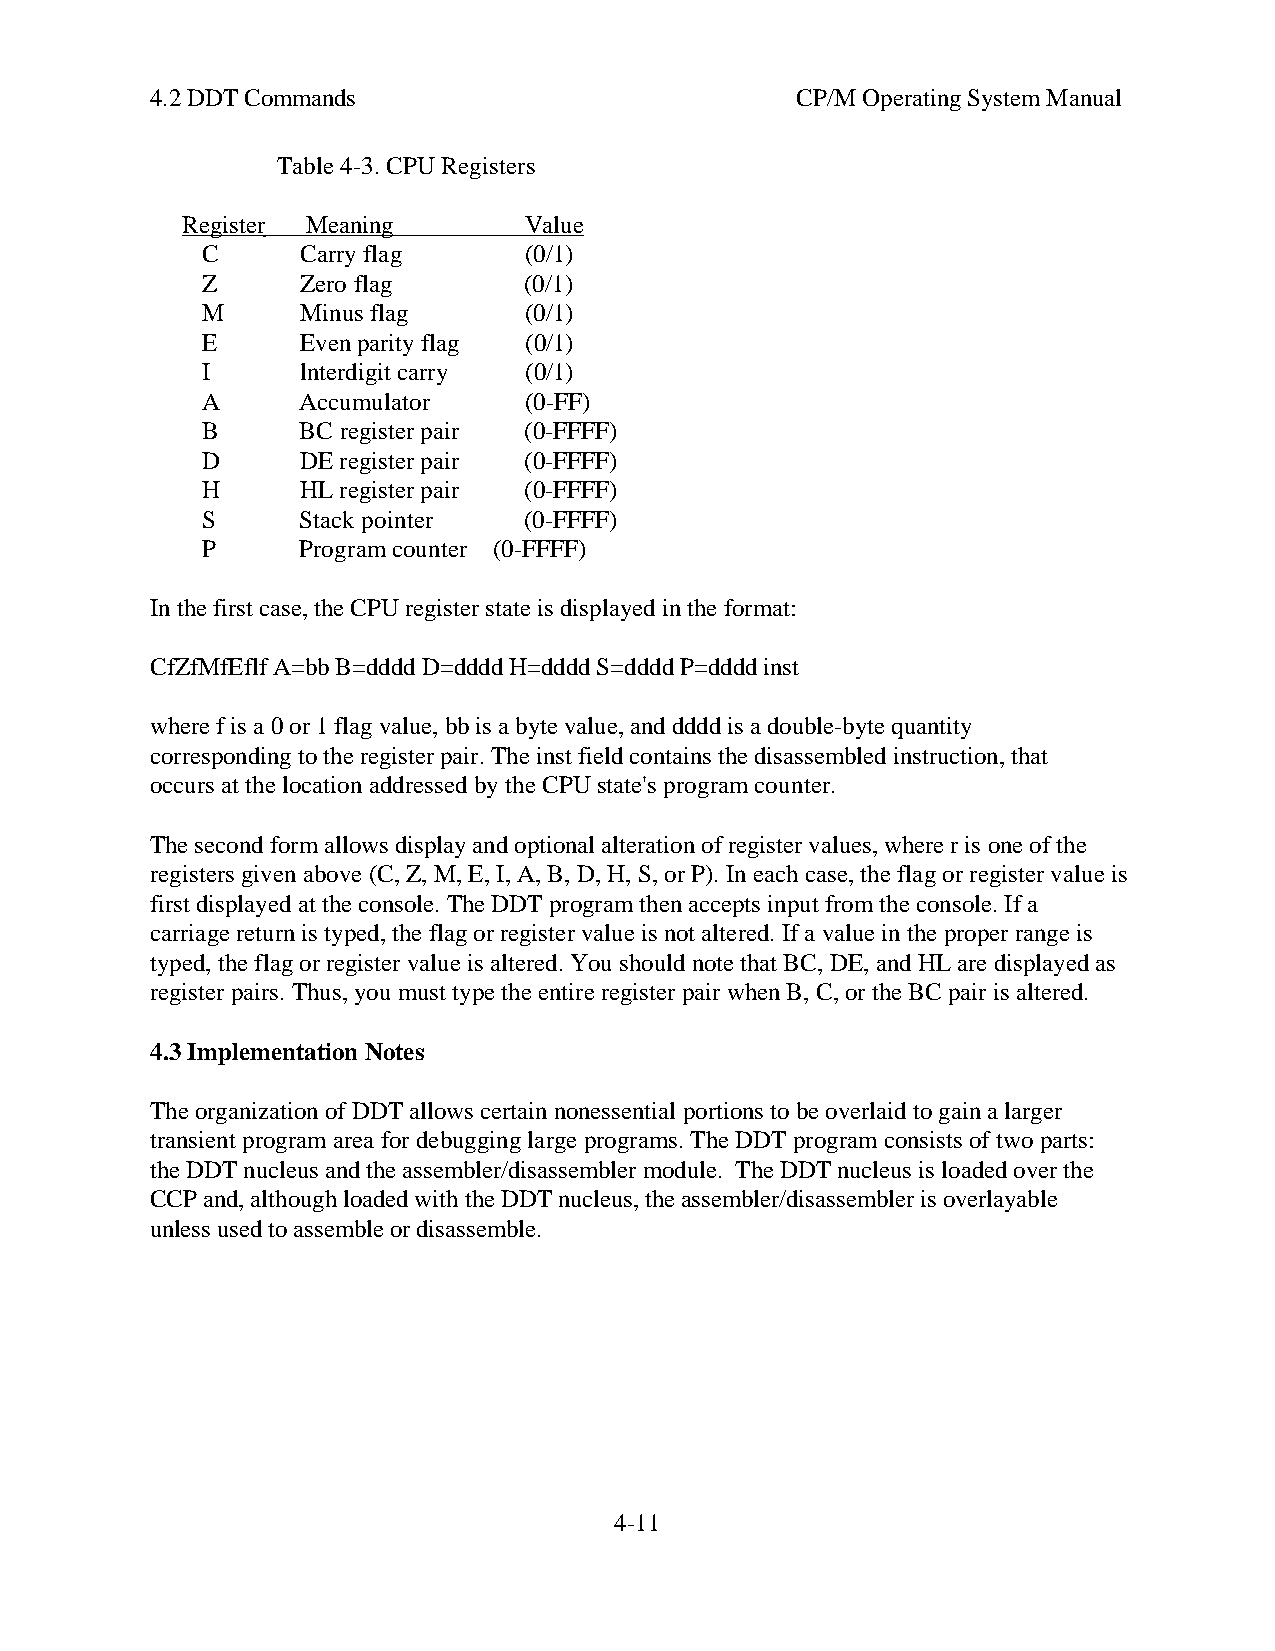
4.2 DDT Commands                           CP/M Operating System Manual
 Table 4-3. CPU Registers
 Register Meaning       Value
 C      Carry flag     (0/1)
 Z      Zero flag      (0/1)
 M      Minus flag     (0/1)
 E      Even parity flag (0/1)
 I      lnterdigit carry (0/1)
 A      Accumulator    (0-FF)
 B      BC register pair (0-FFFF)
 D      DE register pair (0-FFFF)
 H      HL register pair (0-FFFF)
 S      Stack pointer  (0-FFFF)
 P      Program counter (0-FFFF)
 In the first case, the CPU register state is displayed in the format:
 CfZfMfEflf A=bb B=dddd D=dddd H=dddd S=dddd P=dddd inst
 where f is a 0 or 1 flag value, bb is a byte value, and dddd is a double-byte quantity
 corresponding to the register pair. The inst field contains the disassembled instruction, that
 occurs at the location addressed by the CPU state's program counter.
 The second form allows display and optional alteration of register values, where r is one of the
 registers given above (C, Z, M, E, I, A, B, D, H, S, or P). In each case, the flag or register value is
 first displayed at the console. The DDT program then accepts input from the console. If a
 carriage return is typed, the flag or register value is not altered. If a value in the proper range is
 typed, the flag or register value is altered. You should note that BC, DE, and HL are displayed as
 register pairs. Thus, you must type the entire register pair when B, C, or the BC pair is altered.
 4.3 Implementation Notes
 The organization of DDT allows certain nonessential portions to be overlaid to gain a larger
 transient program area for debugging large programs. The DDT program consists of two parts:
 the DDT nucleus and the assembler/disassembler module. The DDT nucleus is loaded over the
 CCP and, although loaded with the DDT nucleus, the assembler/disassembler is overlayable
 unless used to assemble or disassemble.
 4-11